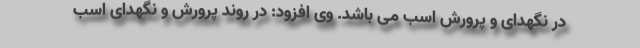
در نگهدای و پرورش اسب می باشد. وی افزود: در روند پرورش و نگهدای اسب